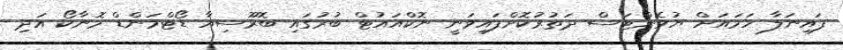
ފައިނަލާ ހަމައަށް ޔުވެންޓަސް ދަތުރުކޮށްފައިވަނީ ނޮކްއައުޓް ބުރުގައި ބޮރޫސިއާ ޑޯޓްމަންޑް މޮނާކޯ އަދި